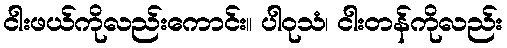
ငါးဖယ်ကိုလည်းကောင်း။ ပါဝုသံ၊ ငါးတန်ကိုလည်း